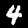
Digit: 4